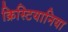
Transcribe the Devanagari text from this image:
क्रिस्टियानिया